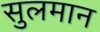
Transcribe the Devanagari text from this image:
सुलमान